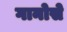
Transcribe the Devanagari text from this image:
गानोसे